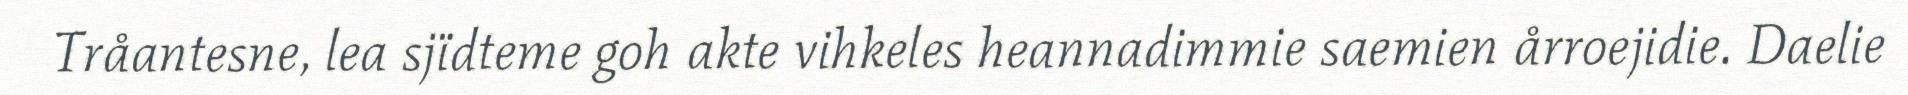
Tråantesne, lea sjïdteme goh akte vihkeles heannadimmie saemien årroejidie. Daelie